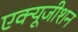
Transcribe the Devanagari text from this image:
एक्यूजीशन